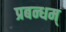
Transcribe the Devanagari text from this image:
प्रबन्धम्